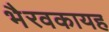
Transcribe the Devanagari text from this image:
भैरवकायह